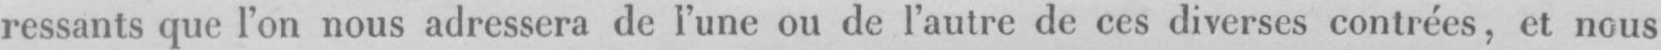
ressants que l’on nous adressera de l’une ou de l’autre de ces diverses contrées, et nous